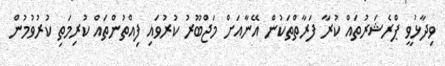
ވިދާޅުވީ ޕްރެޝަރުތައް ކުރާ ފަރާތްތަކުން އޭނާއަށް މަޖްބޫރު ކުރުވައި ފިއްތުންތައް ކުރިމަތި ކުރުވުމުން